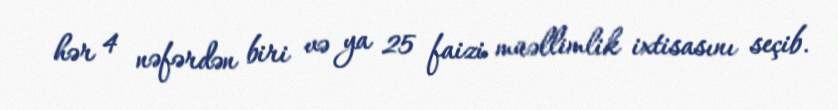
hər 4 nəfərdən biri və ya 25 faizi müəllimlik ixtisasını seçib.